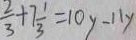
\frac { 2 } { 3 } + 7 \frac { 1 } { 3 } = 1 0 y - 1 1 y